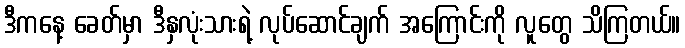
ဒီကနေ့ ခေတ်မှာ ဒီနှလုံးသားရဲ့ လုပ်ဆောင်ချက် အကြောင်းကို လူတွေ သိကြတယ်။